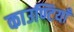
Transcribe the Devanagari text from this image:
काउण्टियाँ